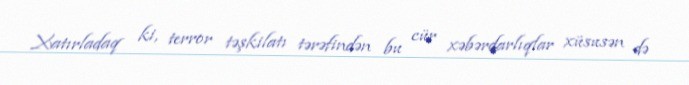
Xatırladaq ki, terror təşkilatı tərəfindən bu cür xəbərdarlıqlar xüsusən də